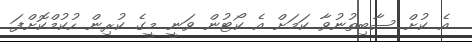
އެ ކުށް ސާބިތުނުވާ ކަމަށް އެ ކޯޓުން ވަނީ މީގެ ކުރިން ހުކުމްކޮށްފަ